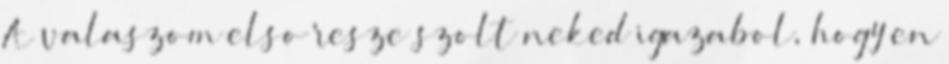
A valaszom elso resze szolt neked igazabol, hogy en